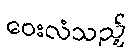
ဝေးလံသည့်